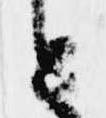
と